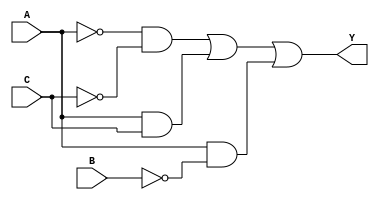
module gateLevel1(input wire A, B, C, output wire Y);

  wire n1, n2, n3, a1, a2, a3;

  not (n1, A);
  not (n2, B);
  not (n3, C);
  and (a1, n1, n3);
  and (a2, A, C);
  and (a3, A, n2);
  or  (Y, a1, a2, a3);

endmodule

module gateLevel2(input wire A, B, C, output wire Y);

  wire n1, n2, n3, a1, a2, a3;
  not (n2, B);
  or  (Y, n2);

endmodule

module gateLevel3(input wire A, B, C, D, output wire Y);

  wire n1, n2, n3, n4, a1, a2, a3, a4, a5, a6, a7, a8;
  not (n1, A);
  not (n2, B);
  not (n3, C);
  not (n4, D);
  and (a1, n1, n2, n3, n4);
  and (a2, n1, n2, C, D);
  and (a3, n1, B, n3, D);
  and (a4, n1, B, C, n4);
  and (a5, A, B, n3, n4);
  and (a6, A, B, C, D);
  and (a7, A, n2, n3, D);
  and (a8, A, n2, C, n4);
  or  (Y, a1, a2, a3, a4, a5, a6, a7, a8);

endmodule


module gateLevel4(input wire A, B, C, D, output wire Y);

  wire n1, a1, a2, a3;
  not (n1, D);
  and (a1, B, D);
  and (a2, A, n1);
  and (a3, A, C);
  or  (Y, a1, a2, a3);

endmodule

module operator1(input wire A, B, C, D, output wire Y);

  assign Y = (~B & ~C & ~D)|(A & ~C)|(A & ~B)|(A & ~D);

endmodule


module operator2(input wire A, B, C, output wire Y);

  assign Y = (~B|A|C);

endmodule

module operator3(input wire A, B, C, D, output wire Y);

  assign Y = (~C & D)| B | (A & D);

endmodule

module operator4(input wire A, B, C, output wire Y);

  assign Y = (~A&~C) | B;

endmodule